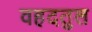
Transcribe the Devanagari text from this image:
वहदतुल